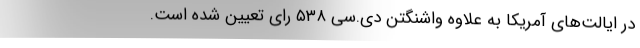
در ایالت‌های آمریکا به علاوه واشنگتن دی.سی ۵۳۸ رای تعیین شده است.